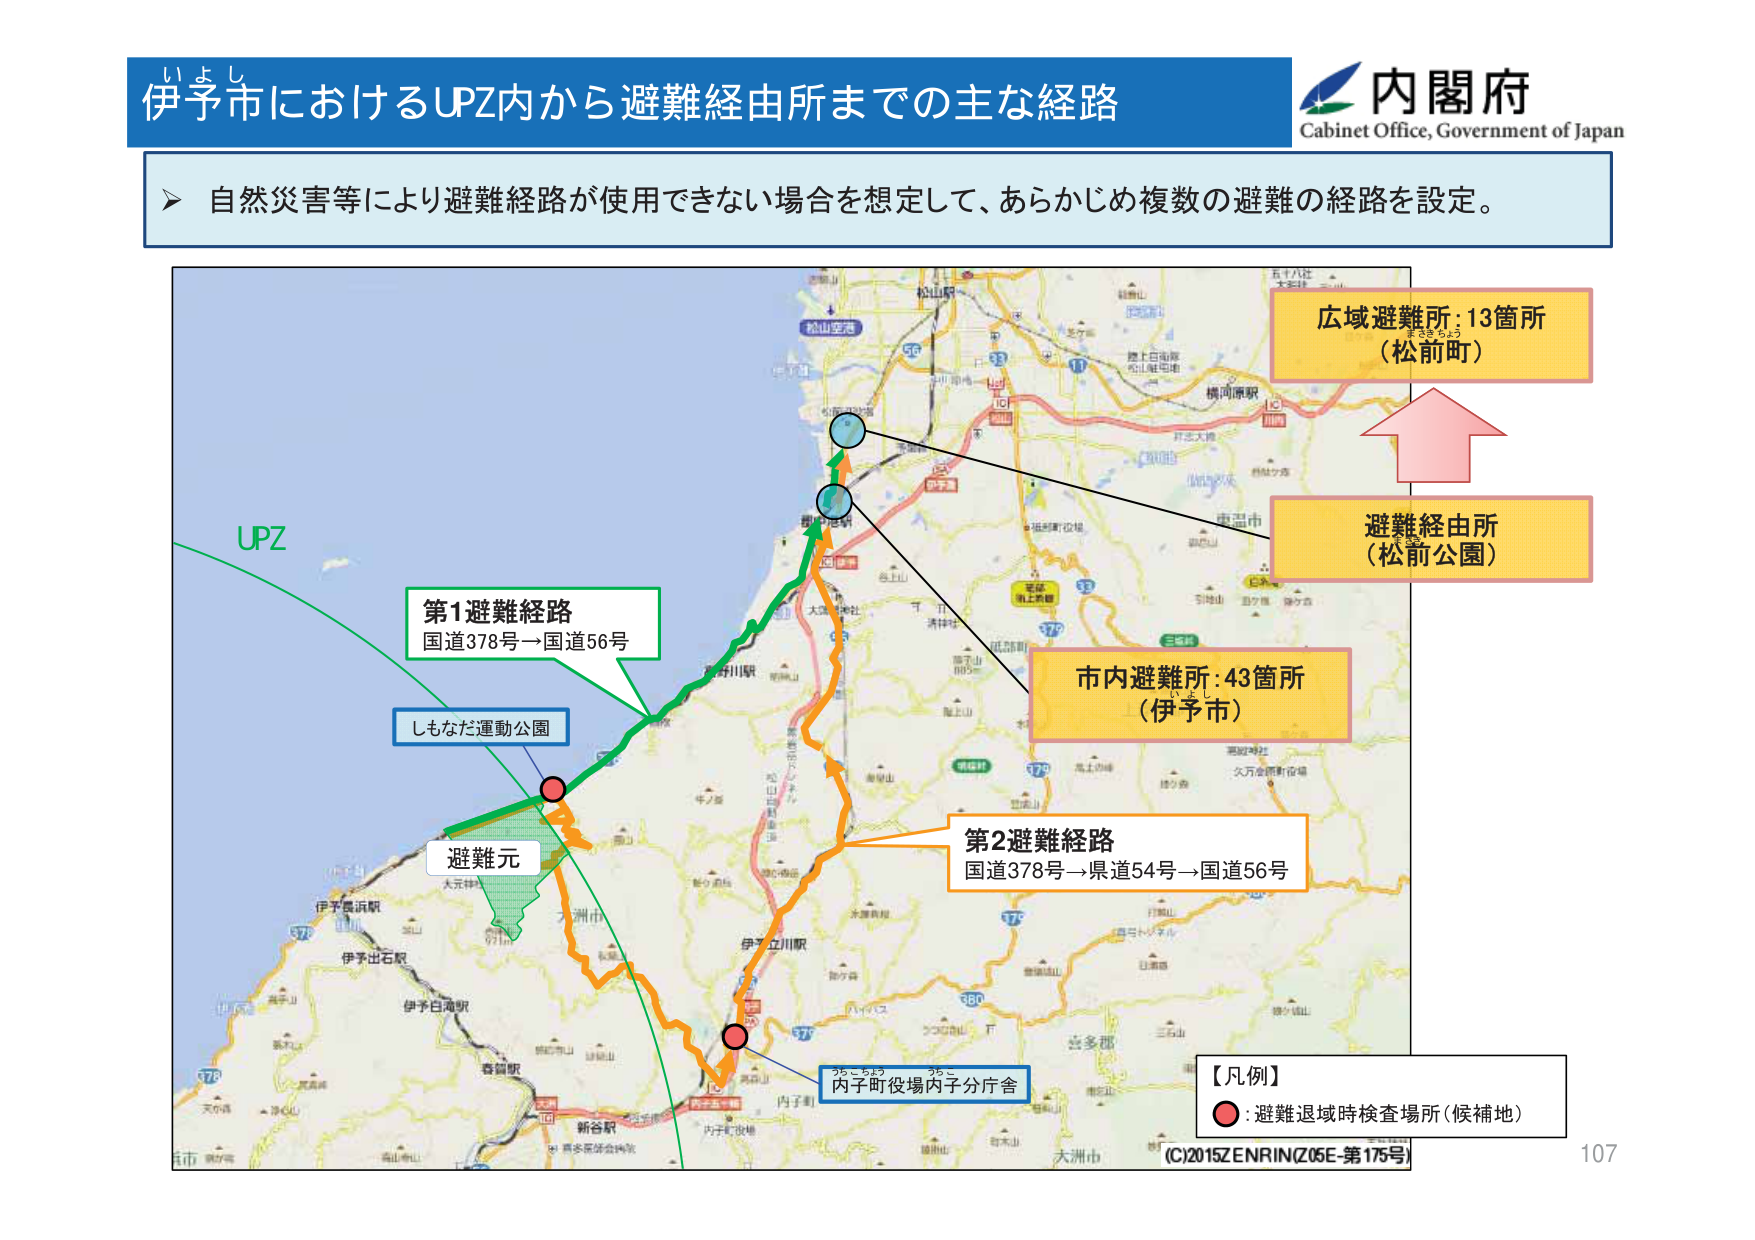
伊予市におけるUPZ内から避難経由所までの主な経路
内閣府
Cabinet Office, Government of Japan
自然災害等により避難経路が使用できない場合を想定して、あらかじめ複数の避難の経路を設定。
UPZ
第1避難経路
国道378号→国道56号
しもなだ運動公園
避難元
第2避難経路
国道378号→県道54号→国道56号
広域避難所：13箇所
（松前町）
避難経由所
（松前公園）
市内避難所：43箇所
（伊予市）
内子町役場内子分庁舎
【凡例】
●：避難退域時検査場所（候補地）
(C)2015ZENRIN(Z05E-第175号)
107